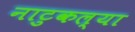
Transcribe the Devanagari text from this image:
नाटुकल्या